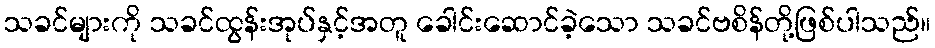
သခင်များကို သခင်ထွန်းအုပ်နှင့်အတူ ခေါင်းဆောင်ခဲ့သော သခင်ဗစိန်တို့ဖြစ်ပါသည်။